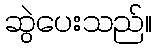
ဆွဲပေးသည်။